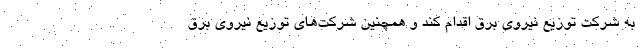
به شرکت توزیع نیروی برق اقدام کند و همچنین شرکت‌های توزیع نیروی برق